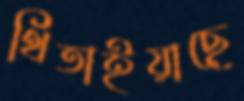
থিতাইয়াছে